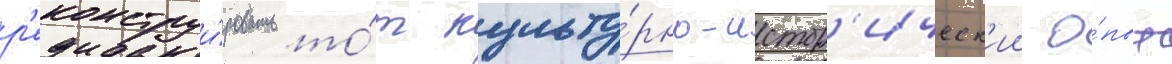
р'еконструи́ровать то́т культу́рно-истор'ическ'ии о́пыт